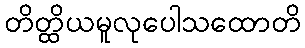
တိတ္ထိယမူလုပေါသထောတိ